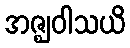
အဇ္ဈဝါသယိ